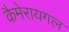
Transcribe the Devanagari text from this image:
कैमेरायगल